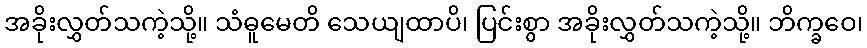
အခိုးလွှတ်သကဲ့သို့။ သံဓူမေတိ သေယျထာပိ၊ ပြင်းစွာ အခိုးလွှတ်သကဲ့သို့။ ဘိက္ခဝေ၊